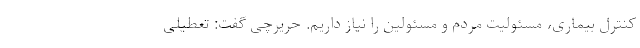
کنترل بیماری، مسئولیت مردم و مسئولین را نیاز داریم. حریرچی گفت: تعطیلی